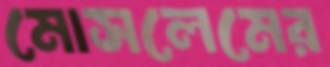
মোসলেমের